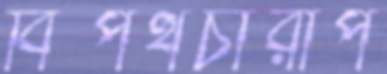
বিপথচারীপ